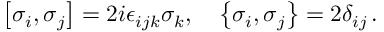
\left[ \sigma _ { i } , \sigma _ { j } \right] = 2 i \epsilon _ { i j k } \sigma _ { k } , \quad \left\{ \sigma _ { i } , \sigma _ { j } \right\} = 2 \delta _ { i j } \, .